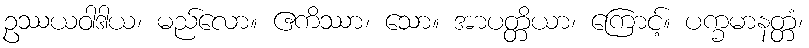
ဥဿယဝါဒါယ၊ မည်လော။ ဧကိဿာ၊ သော။ အာပတ္တိယာ၊ ကြောင့်။ ပက္ခမာနတ္တံ၊